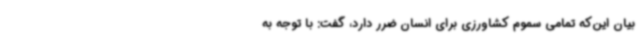
بیان این‌که تمامی سموم کشاورزی برای انسان ضرر دارد، گفت: با توجه به